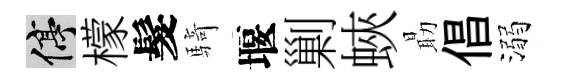
停檬髮騎堰剿蛺朂倡溺